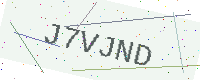
Text: J7VJND